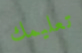
تعليمك